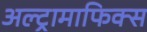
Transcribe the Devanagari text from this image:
अल्ट्रामाफिक्स